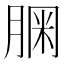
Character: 𦝓